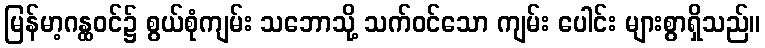
မြန်မာ့ဂန္ထဝင်၌ စွယ်စုံကျမ်း သဘောသို့ သက်ဝင်သော ကျမ်း ပေါင်း များစွာရှိသည်။